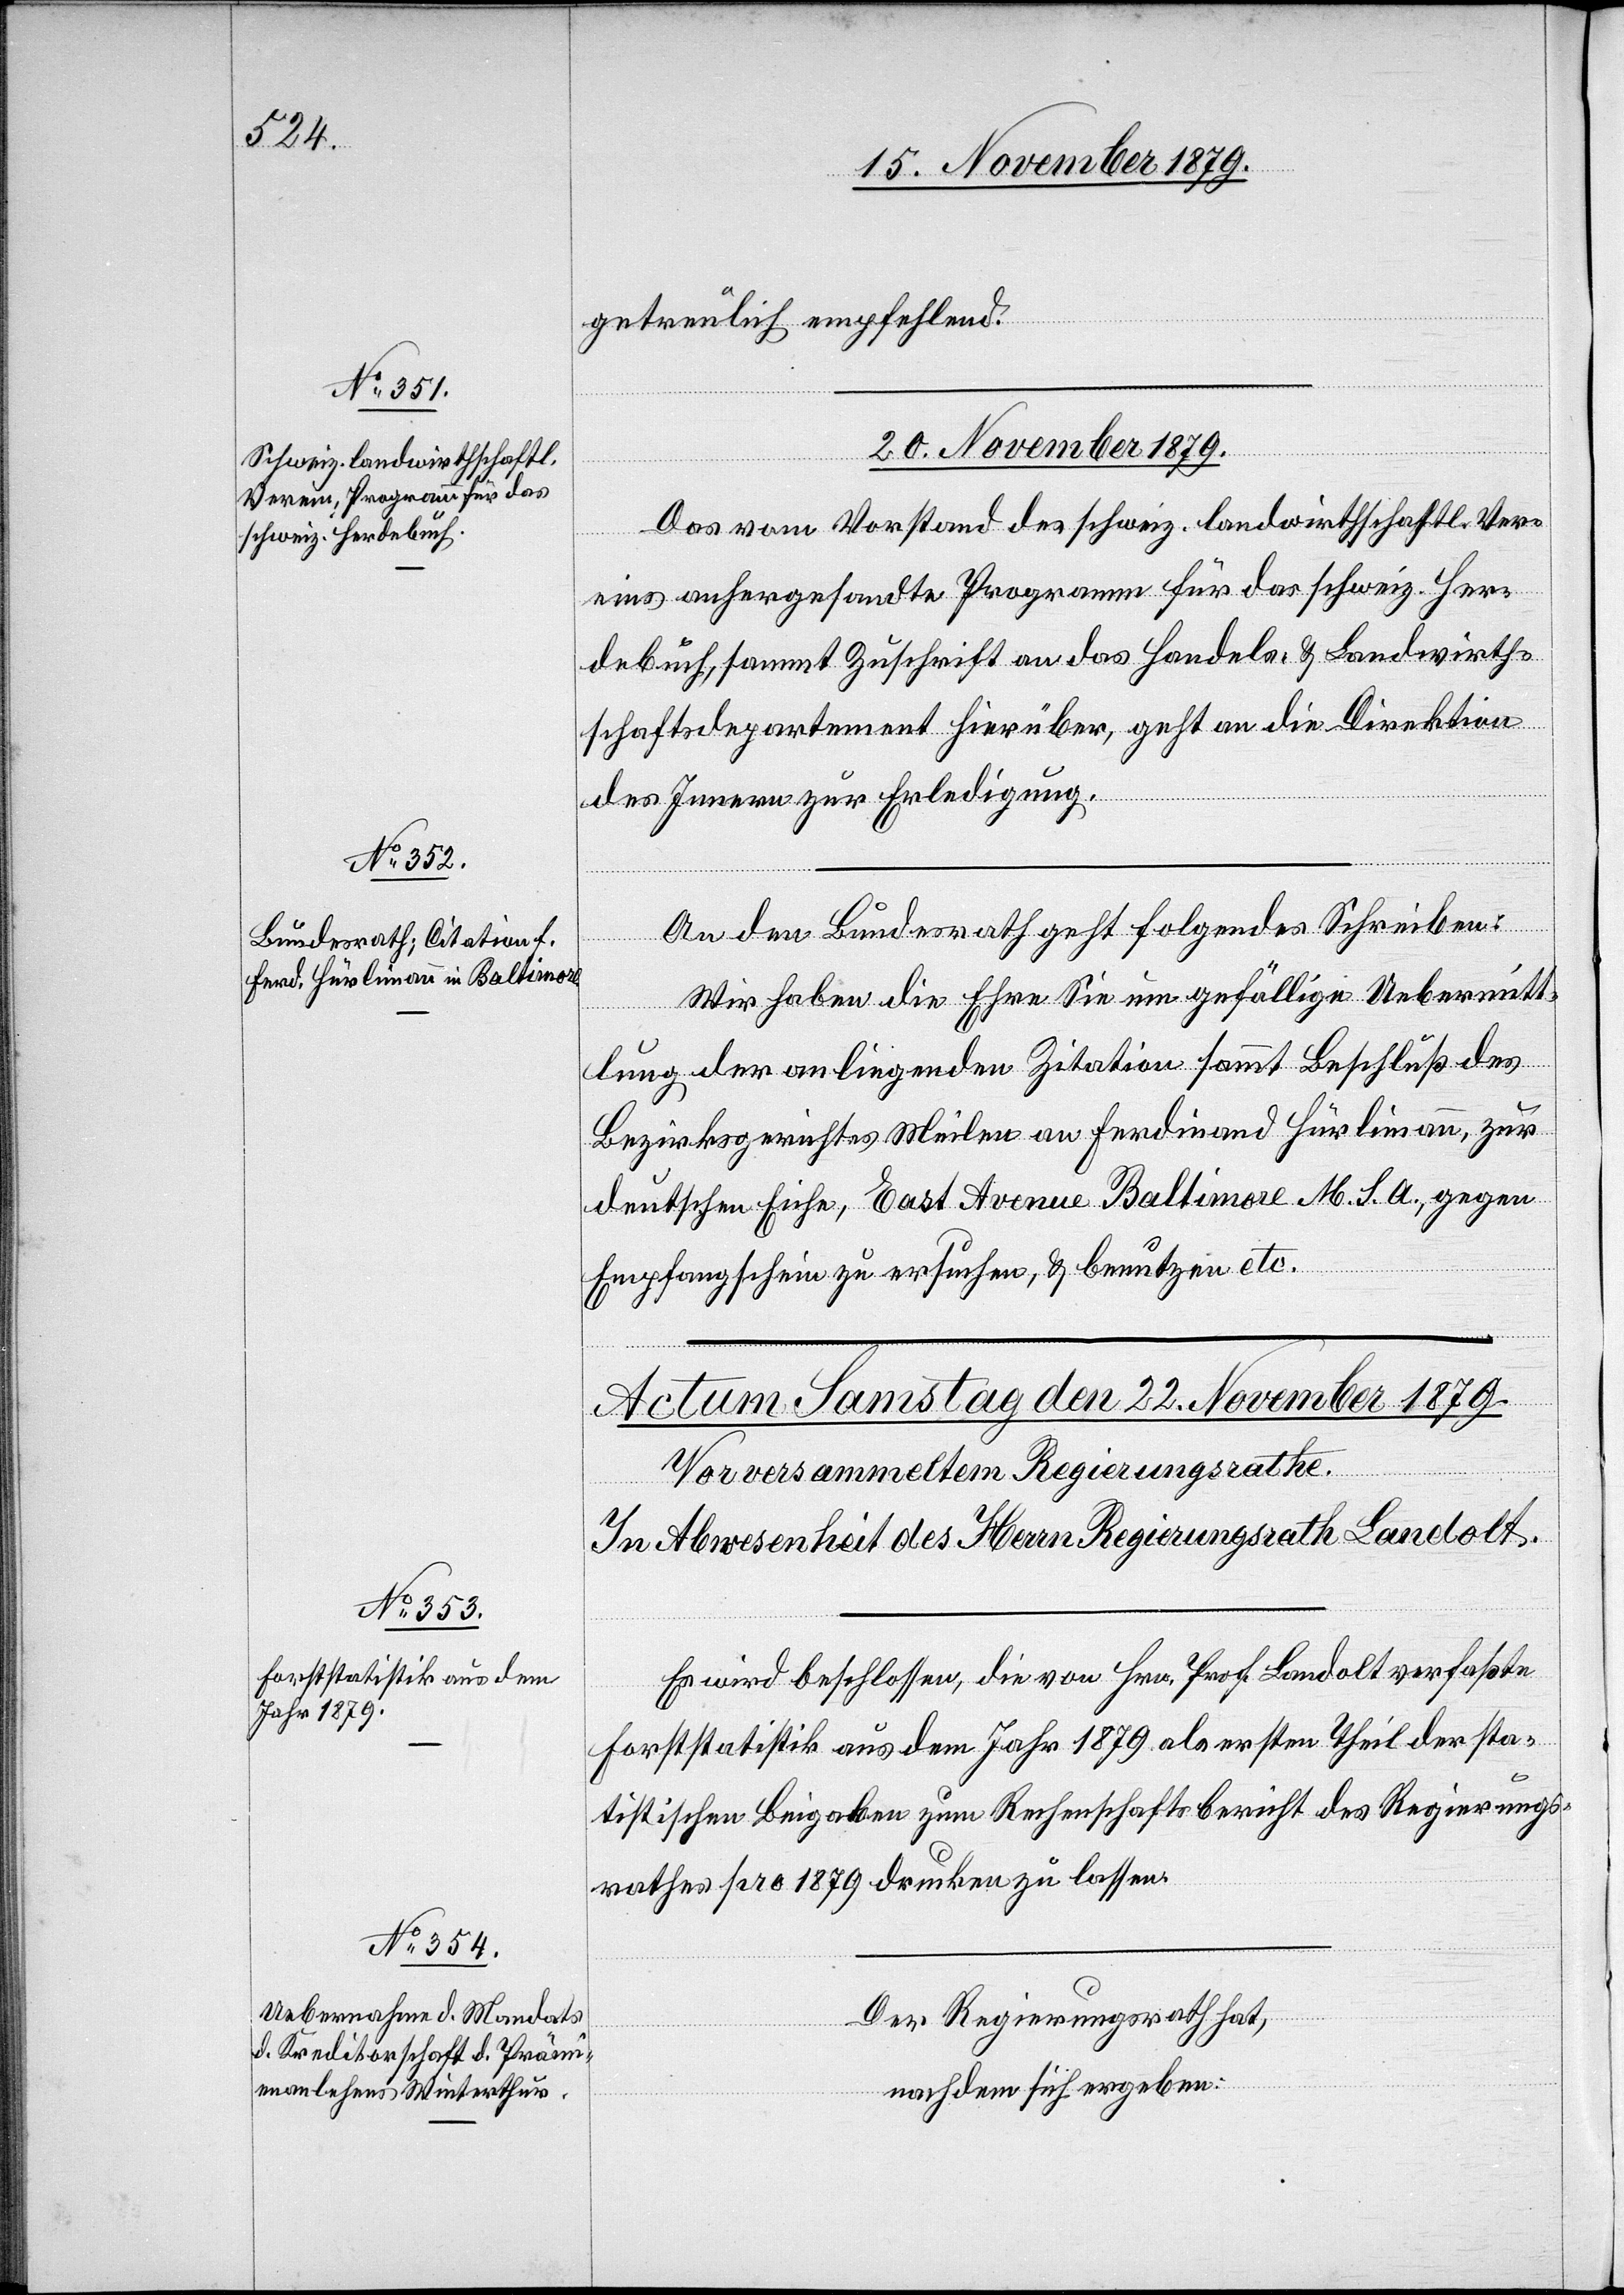
getreulich empfehlend.
20. November 1879.]
Das vom Vorstand des schweiz. landwirtschaftl. Ver¬
eins anhergesandte Programm für das schweiz. Her¬
denbuch, sammt Zuschrift an das Handels- & Landwirth¬
schaftsdepartement hierüber, geht an die Direktion
des Innern zur Erledigung.
An den Bundesrath geht folgendes Schreiben:
Wir haben die Ehre Sie um gefällige Uebermitt¬
lung der anliegenden Zitation [sic!] sammt Beschluß des
Bezirksgerichtes Meilen an Ferdinand Hürlimann, zur
deutschen Eiche, East Avenue Baltimore M. S. A. gegen
Empfangsschein zu ersuchen, & benutzen etc.
Es wird beschlossen, die von Hrn. Prof. Landolt verfaßte
Forststatistik aus dem Jahr 1879 als ersten Theil der sta¬
tistischen Beigaben zum Rechenschaftsbericht des Regierungs¬
rathes pro 1879 drucken zu lassen.
Der Regierungsrath hat,
nachdem sich ergeben: